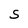
Character: S